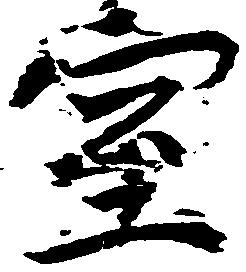
室